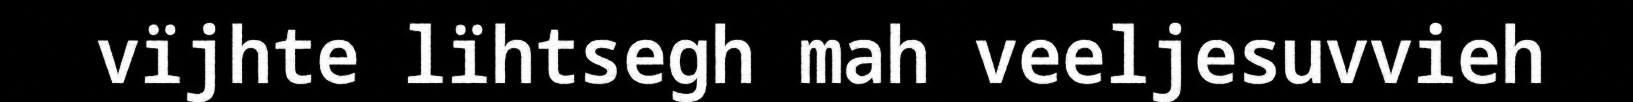
vïjhte lïhtsegh mah veeljesuvvieh